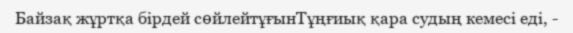
Байзақ жұртқа бірдей сөйлейтұғынТұңғиық қара судың кемесі еді, -